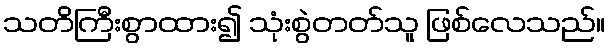
သတိကြီးစွာထား၍ သုံးစွဲတတ်သူ ဖြစ်လေသည်။